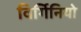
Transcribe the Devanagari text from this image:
विर्गिनियो